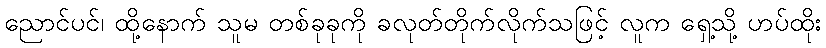
ညောင်ပင်၊ ထို့နောက် သူမ တစ်ခုခုကို ခလုတ်တိုက်လိုက်သဖြင့် လူက ရှေ့သို့ ဟပ်ထိုး